Vaccination in Bombay 1856-1862 - 1856-1862
Year: 1856
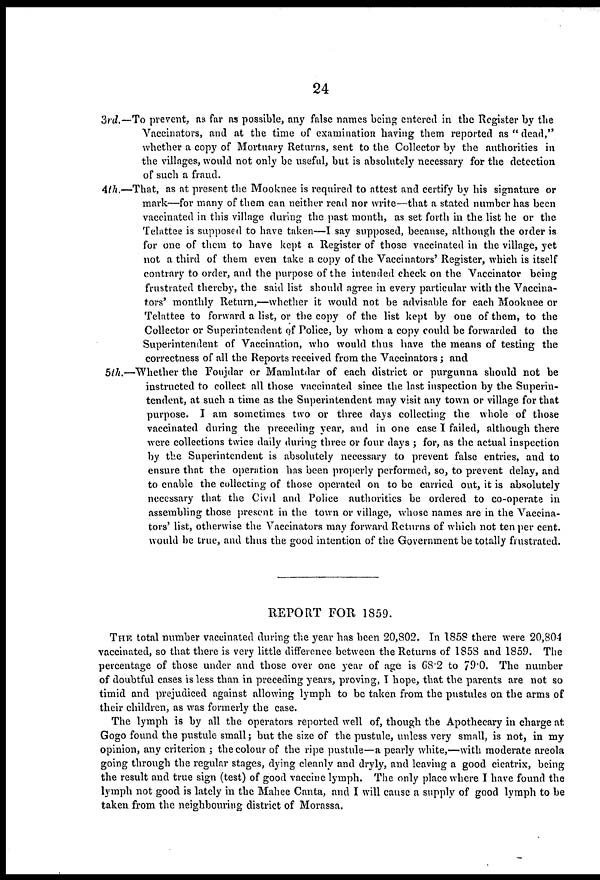
24
3rd.—To prevent, as far as possible, any false names being entered in the Register by the
Vaccinators, and at the time of examination having them reported as " dead,"
whether a copy of Mortuary Returns, sent to the Collector by the authorities in
the villages, would not only be useful, but is absolutely necessary for the detection
of such a fraud.
4th.—That, as at present the Mooknee is required to attest and certify by his signature or
mark—for many of them can neither read nor write—that a stated number has been
vaccinated in this village during the past month, as set forth in the list he or the
Telattee is supposed to have taken—I say supposed, because, although the order is
for one of them to have kept a Register of those vaccinated in the village, yet
not a third of them even take a copy of the Vaccinators' Register, which is itself
contrary to order, and the purpose of the intended check on the Vaccinator being
frustrated thereby, the said list should agree in every particular with the Vaccina-
tors' monthly Return,—whether it would not be advisable for each Mooknee or
Telattee to forward a list, or the copy of the list kept by one of them, to the
Collector or Superintendent of Police, by whom a copy could be forwarded to the
Superintendent of Vaccination, who would thus have the means of testing the
correctness of all the Reports received from the Vaccinators ; and
5th.—Whether the Foujdar or Mamlutdar of each district or purgunna should not be
instructed to collect all those vaccinated since the last inspection by the Superin-
tendent, at such a time as the Superintendent may visit any town or village for that
purpose. I am sometimes two or three days collecting the whole of those
vaccinated during the preceding year, and in one case I failed, although there
were collections twice daily during three or four days ; for, as the actual inspection
by the Superintendent is absolutely necessary to prevent false entries, and to
ensure that the operation has been properly performed, so, to prevent delay, and
to enable the collecting of those operated on to be carried out, it is absolutely
necessary that the Civil and Police authorities be ordered to co-operate in
assembling those present in the town or village, whose names are in the Vaccina-
tors' list, otherwise the Vaccinators may forward Returns of which not ten per cent.
would be true, and thus the good intention of the Government be totally frustrated.
REPORT FOR 1859.
THE total number vaccinated during the year has been 20,802. In 1858 there were 20,804
vaccinated, so that there is very little difference between the Returns of 1858 and 1859. The
percentage of those under and those over one year of age is 68.2 to 79.0. The number
of doubtful cases is less than in preceding years, proving, I hope, that the parents are not so
timid and prejudiced against allowing lymph to be taken from the pustules on the arms of
their children, as was formerly the case.
The lymph is by all the operators reported well of, though the Apothecary in charge at
Gogo found the pustule small; but the size of the pustule, unless very small, is not, in my
opinion, any criterion ; the colour of the ripe pustule—a pearly white,—with moderate areola
going through the regular stages, dying cleanly and dryly, and leaving a good cicatrix, being
the result and true sign (test) of good vaccine lymph. The only place where I have found the
lymph not good is lately in the Mahee Canta, and I will cause a supply of good lymph to be
taken from the neighbouring district of Morassa.